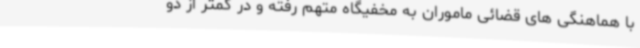
با هماهنگی های قضائی ماموران به مخفیگاه متهم رفته و در کمتر از دو